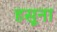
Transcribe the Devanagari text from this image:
हसूना